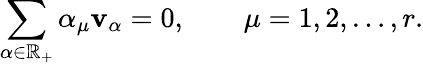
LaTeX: \sum_{\alpha\in\mathbb{R}_{+}}\alpha_{\mu}{\mathbf{v}}_{\alpha}=0,\qquad\mu=1,2,\ldots,r.